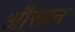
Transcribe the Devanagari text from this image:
औसान